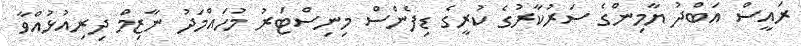
ރައީސް އަބްދު ޔާމިންގެ ސަރުކާރުގެ ކުރީގެ ޑިފެންސް މިނިސްޓަރު މުހައްމަދު ނާޒިމް ދިރިއުޅުއްވާ